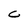
Character: C